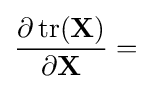
{\frac {\partial \operatorname {tr} (\mathbf {X} )}{\partial \mathbf {X} }}=